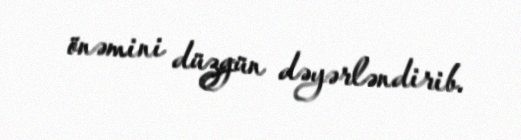
önəmini düzgün dəyərləndirib.